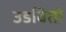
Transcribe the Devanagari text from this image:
उडवितो